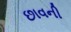
છાવની